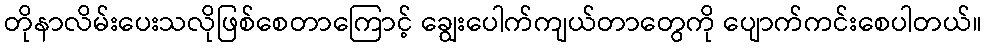
တိုနာလိမ်းပေးသလိုဖြစ်စေတာကြောင့် ချွေးပေါက်ကျယ်တာတွေကို ပျောက်ကင်းစေပါတယ်။